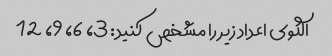
الگوی اعداد زیر را مشخص کنید: 3، 6، 9، 12